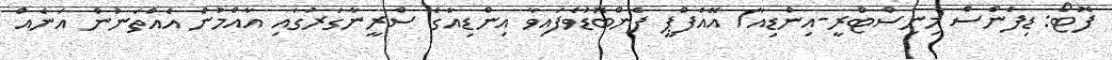
ފޮޓޯ: ޑިފެންސް މިނިސްޓްރީ-އިންޑިއާ/ އޭއެފްޕީ ފެންބޮޑުވެފައިވާ އިންޑިއާގެ ސްރީނާގަރުގައި އާއްމުން އެއްތަނުން އަނެއް